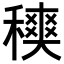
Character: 𥢡